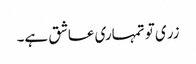
زری تو تمہاری عاشق ہے۔